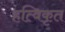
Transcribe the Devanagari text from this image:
हत्विकृत